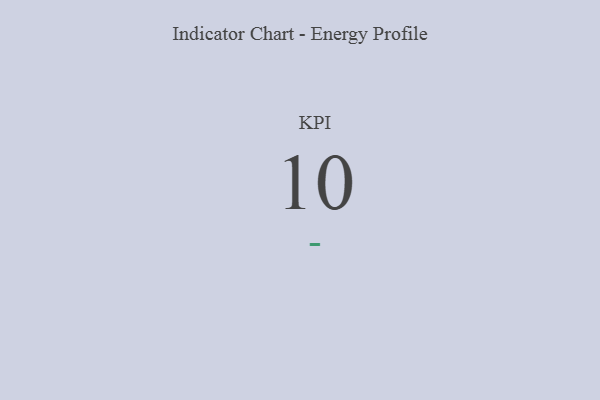
{"axis": {"x": "KPI", "y": "Value"}, "legend": [""], "data": [{"x": "KPI", "y": 10, "type": ""}]}